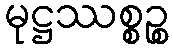
မုဋ္ဌဿစ္စဉ္စ